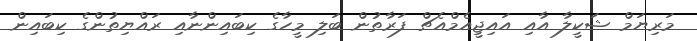
މަރިޔަމް ޝަކީލާ އާއި އައިޖީއެމްއެޗް ފަރާތުން ބަލި މީހާގެ ކިބައިންނާއި ރައްޔިތުންގެ ކިބައިން